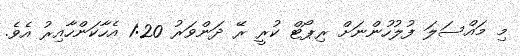
މި މައްސަލަ ފުލުހުންނަށް ރިޕޯޓް ކުރީ ރޭ ދަންވަރު 1:20 އެހާކަންހާއިރު އެވެ.